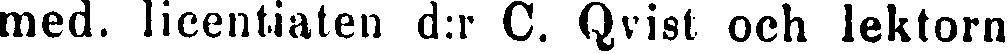
med. licentiaten d:r C. Qvist och lektorn